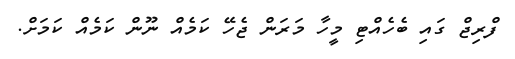
ފްރިޖް ގައި ބެހެއްޓި މީހާ މަރަން ޖެހޭ ކަމެއް ނޫން ކަމެއް ކަމަށް.